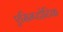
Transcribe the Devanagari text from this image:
एसिम्प्टोटिक